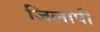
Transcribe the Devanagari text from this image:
जिलापी